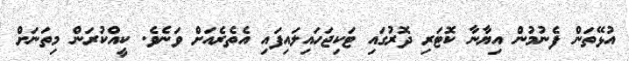
އުޅޭތަން ފެނުމުން އިޔާނާ ކޮޓަރި ދޮރުގައި ޓަކިޖަހައިލައިފައި އެތެެރެއަށް ވަނެވެ. ކީއްކުރަން މިތަނަށް